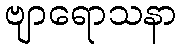
ဗျာရောသနာ